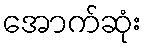
အောက်ဆုံး